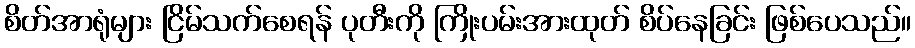
စိတ်အာရုံများ ငြိမ်သက်စေရန် ပုတီးကို ကြိုးပမ်းအားထုတ် စိပ်နေခြင်း ဖြစ်ပေသည်။